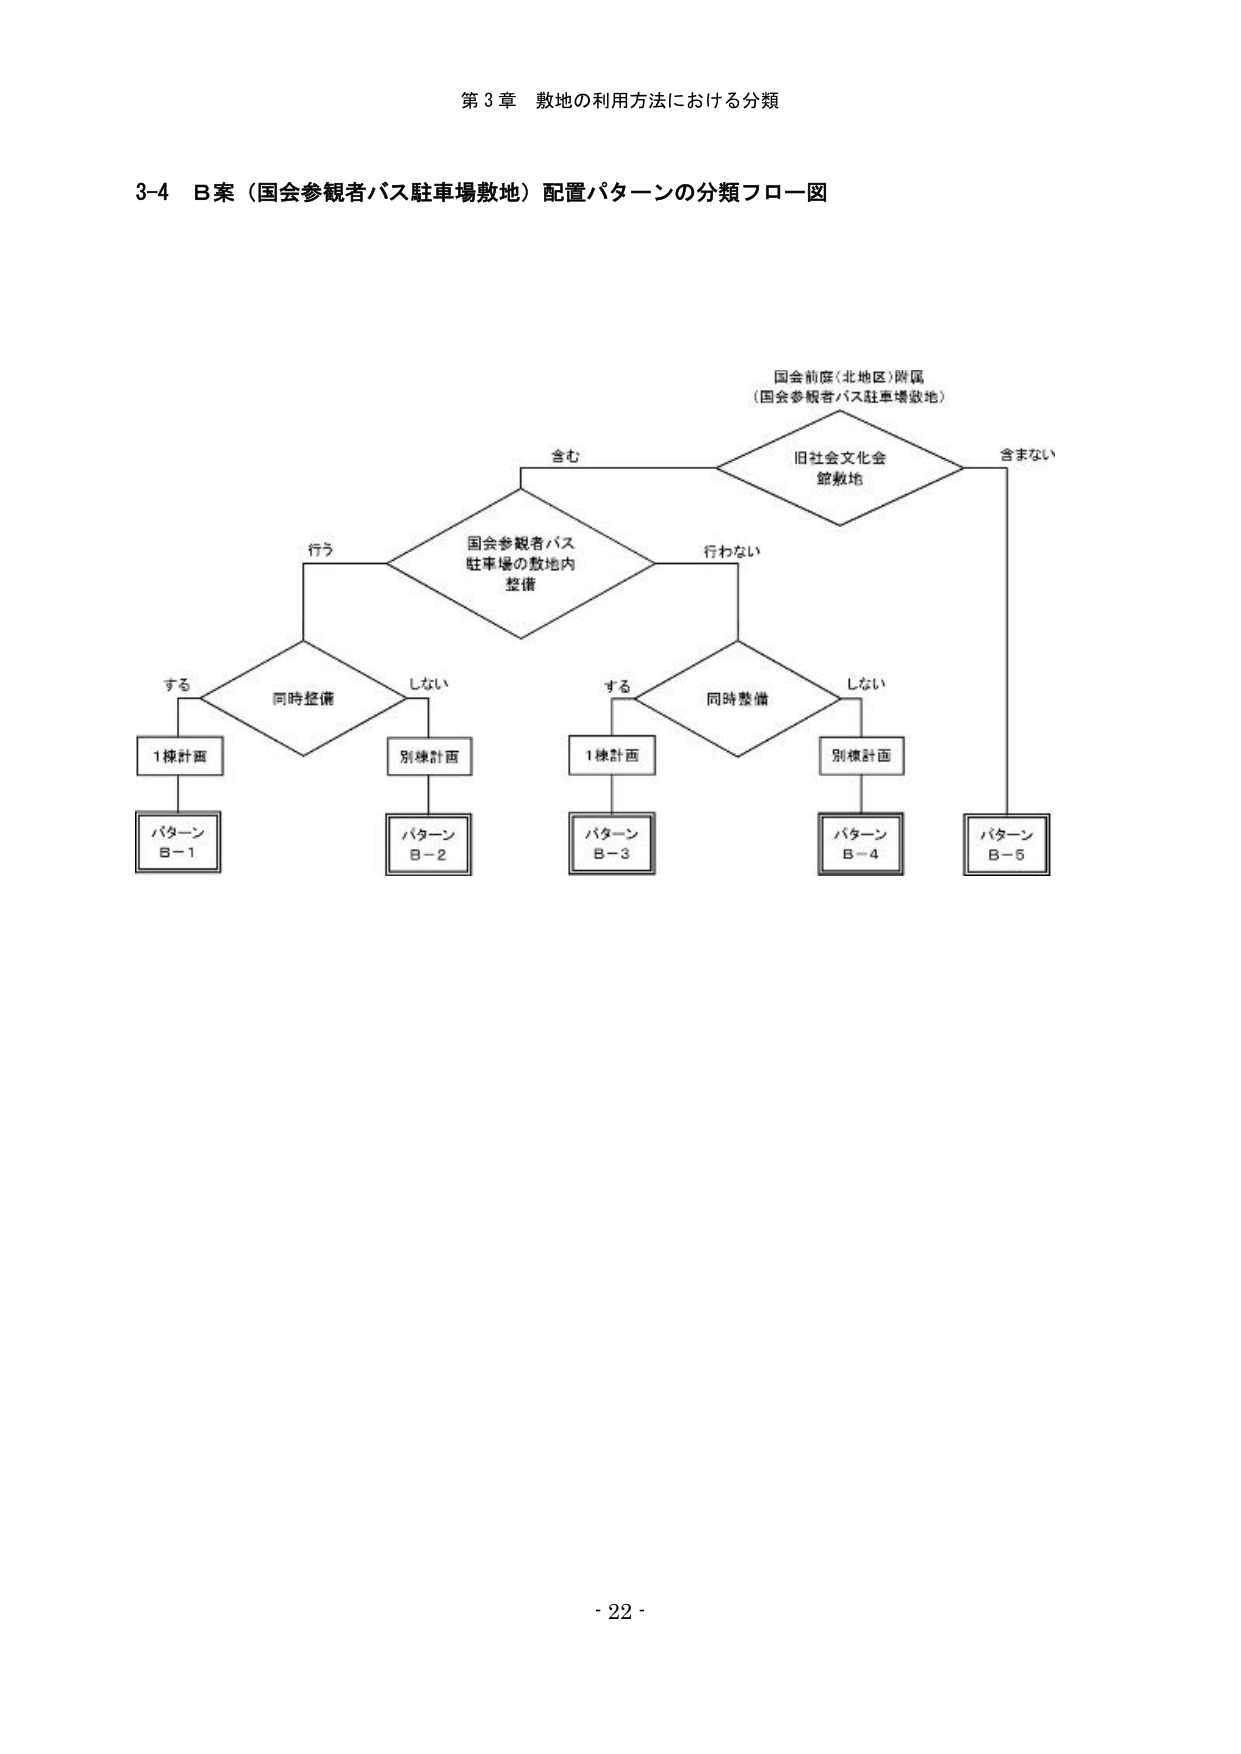
第3章 敷地の利用方法における分類

3-4 B案（国会参観者バス駐車場敷地）配置パターンの分類フロー図

国会前庭（北地区）附属
（国会参観者バス駐車場敷地）

含む
旧社会文化会館敷地
含まない

国会参観者バス
駐車場の敷地内
整備

行う
行わない

する
同時整備
しない

1棟計画
別棟計画

パターン
B-1
パターン
B-2

する
同時整備
しない

1棟計画
別棟計画

パターン
B-3
パターン
B-4

パターン
B-5

- 22 -